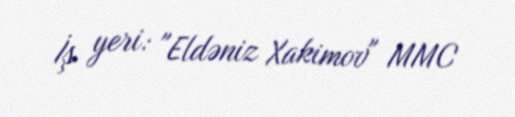
İş yeri: "Eldəniz Xakimov" MMC